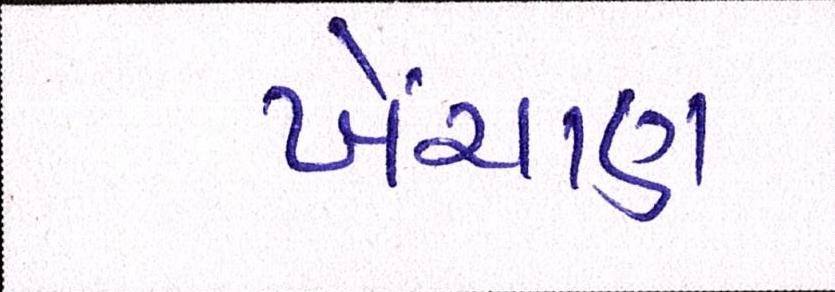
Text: ખેંચાય